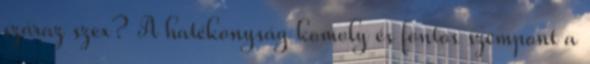
száraz szex? A hatékonyság komoly és fontos szempont a